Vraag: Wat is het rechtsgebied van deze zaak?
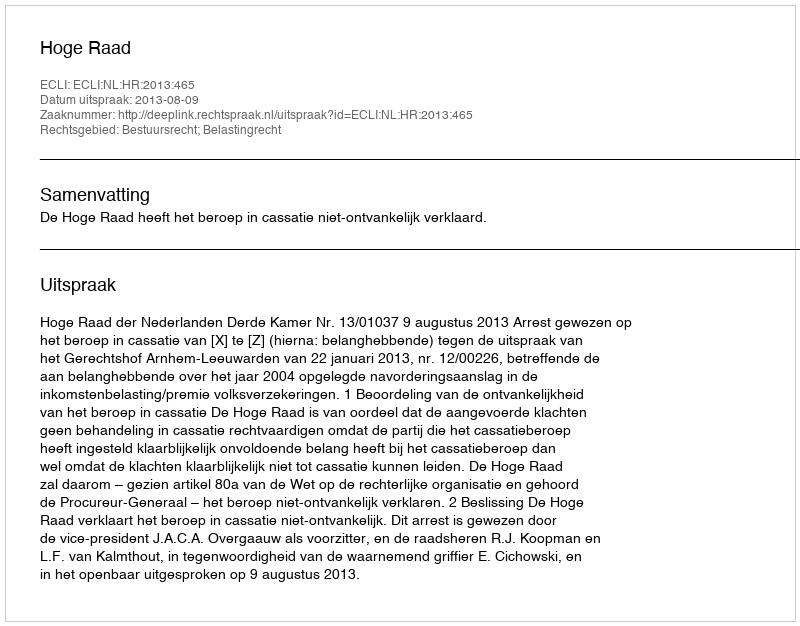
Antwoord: Bestuursrecht; Belastingrecht